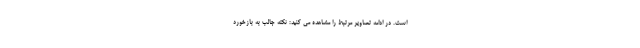
است. در ادامه تصاویر مرتبط را مشاهده می کنید: نکته جالب به بازخورد